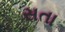
સતા